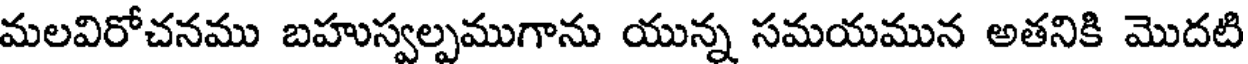
మలవిరోచనము బహుస్వల్పముగాను యున్న సమయమున అతనికి మొదటి